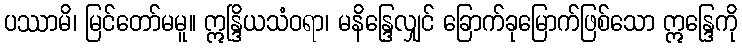
ပဿာမိ၊ မြင်တော်မမူ။ ဣန္ဒြိယသံဝရာ၊ မနိန္ဒြေလျှင် ခြောက်ခုမြောက်ဖြစ်သော ဣန္ဒြေကို